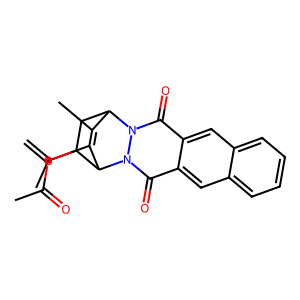
SMILES: C=C(C)C1CC2C(C)=C(OC(C)=O)C1n1c(=O)c3cc4ccccc4cc3c(=O)n12
Inhibits HIV replication: No